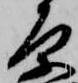
原